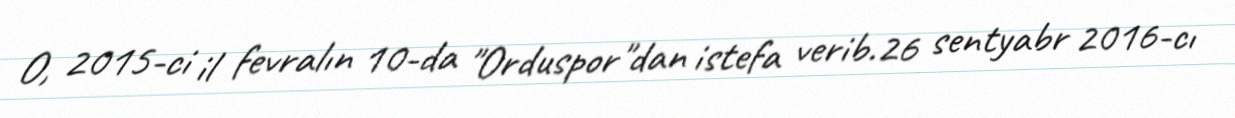
O, 2015-ci il fevralın 10-da "Orduspor"dan istefa verib.26 sentyabr 2016-cı